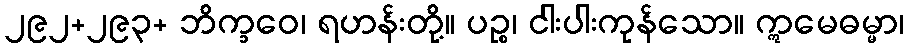
၂၉၂+၂၉၃+ ဘိက္ခဝေ၊ ရဟန်းတို့။ ပဉ္စ၊ ငါးပါးကုန်သော။ ဣမေဓမ္မာ၊